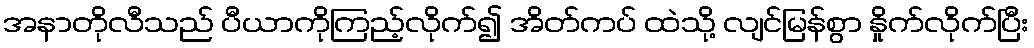
အနာတိုလီသည် ပီယာကိုကြည့်လိုက်၍ အိတ်ကပ် ထဲသို့ လျင်မြန်စွာ နှိုက်လိုက်ပြီး